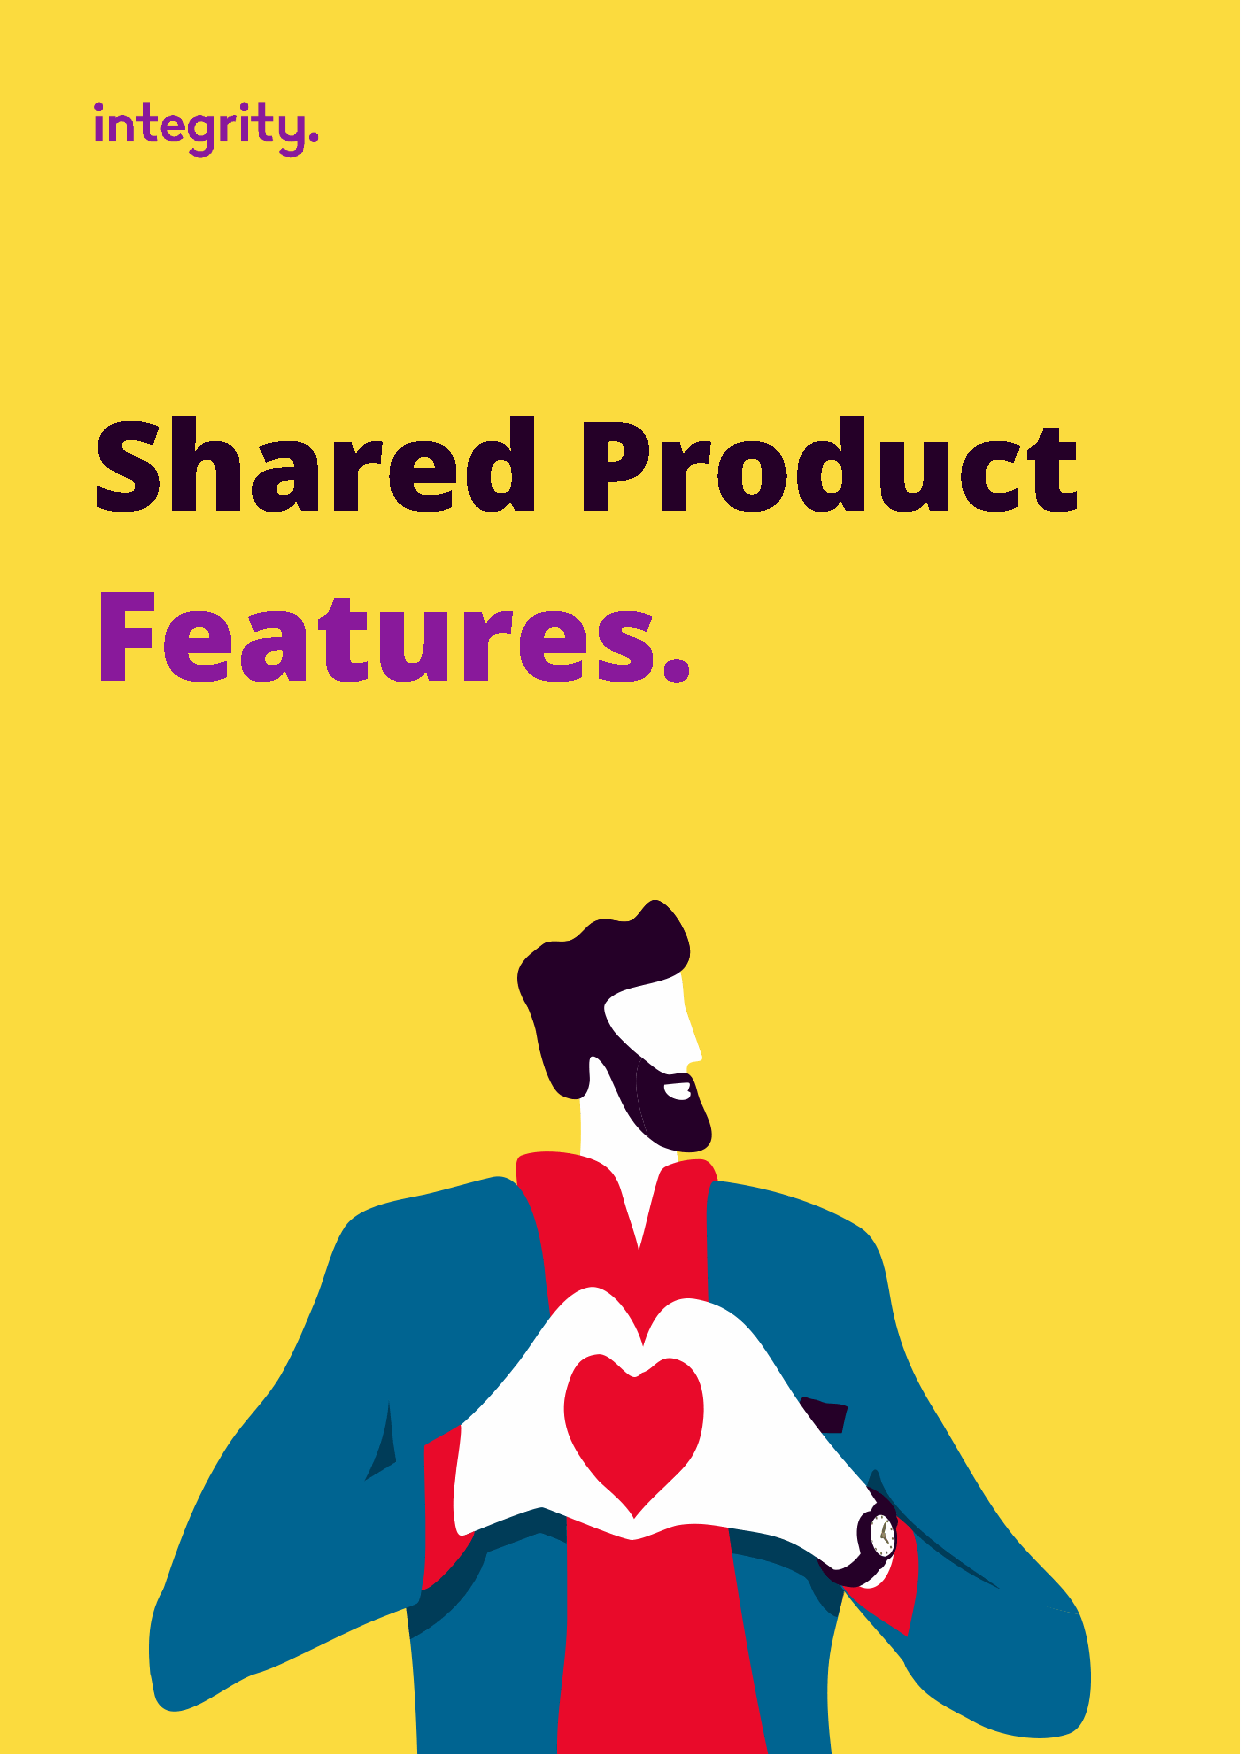
Shared                          Product
 Features.
 31